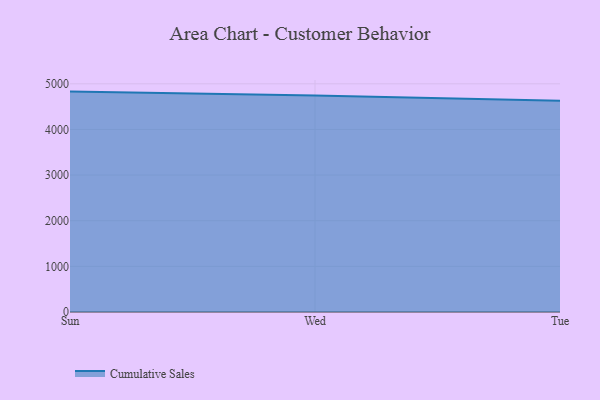
{"axis": {"x": "Day", "y": "Headcount"}, "legend": ["Cumulative Sales"], "data": [{"x": "Sun", "y": 4829.4, "type": "Cumulative Sales"}, {"x": "Wed", "y": 4743.7, "type": "Cumulative Sales"}, {"x": "Tue", "y": 4626.2, "type": "Cumulative Sales"}]}